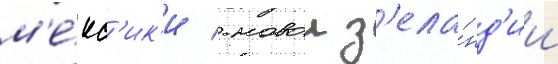
м'е́кс'ик'и / новои з'ела́нд'ии